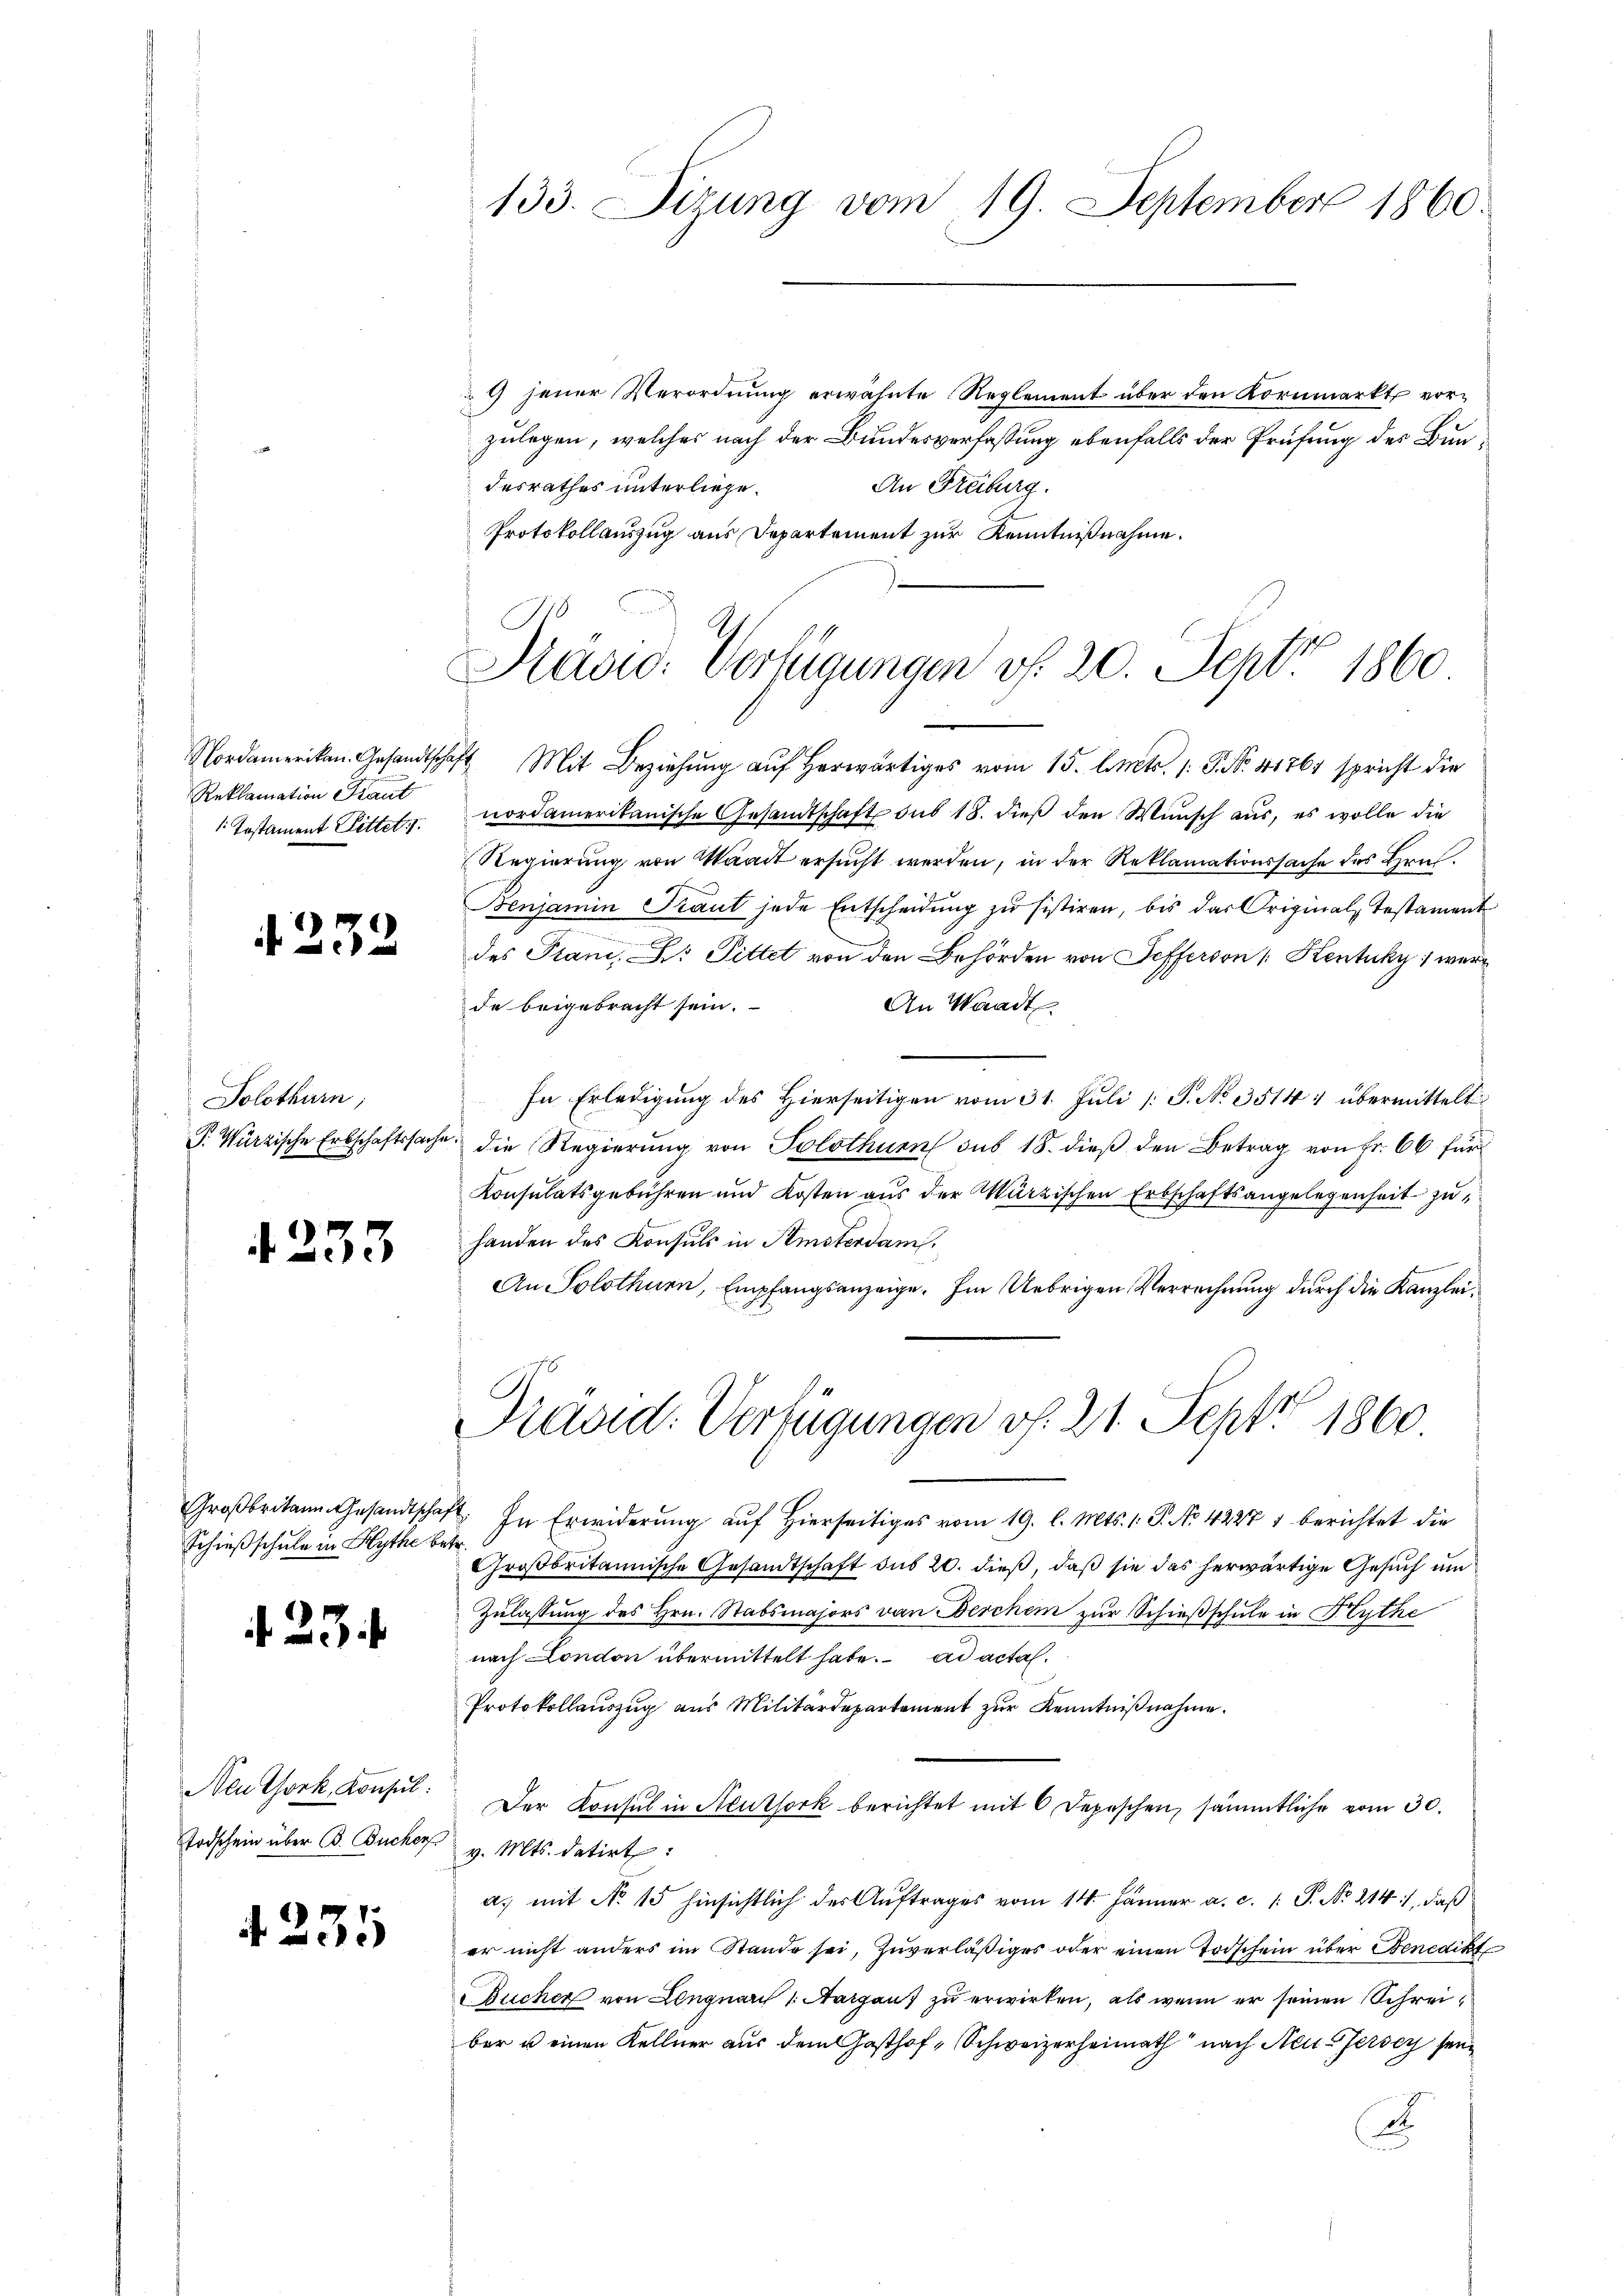
Reklamation Staut
: Testament Bittel 1.

d. 232

Solothurn,

4233

Schießschule in Hythe betr.

123 f.

Neu Thork, Konsul
Todschein über B. Bucher. Mts. datirt

4. 235

9 jener Verordnung erwähnte Reglement über den Kornmarkt vorzulegen, welches nach der Bundesverfassung ebenfalls der Prüfung des Bun¬
An Freiburg.
desrathes unterliege.
Protokollauszug aus Departement zur Kenntnißnahme.
Nordamerikan. Gesandtschaft Mit Beziehung auf herwärtiges vom 15. l. Mts. 1 P. Nr. 11761 spricht die
nordamerikanische Gesandtschaft sub 18. dieß den Wunsch aus, es wolle die
Regierung von Waadt ersucht werden, in der Reklamationssache des Hrn.
Benjamin Traut jede Entscheidŭng zŭ sistiren, bis das Originals Testament
des Plani, D. Pittet von den Behörden von Sefferson [Kentuky) wurde beigebracht sein.
An Waadt
In Erledigung des Hierseitigen vom 31. Juli 1 S. No 3514 1 übermittelt
P. Würzische Erbschaftssache, die Regierŭng von Solothurn sub 18. dieβ den Betrag von Fr. 66 für
Konsulatsgebühren und Kosten aus der Würzischen Erbschaftsangelegenheit zuhanden des Konsuls in Semsterdam.
An Solothurn, Empfangsanzeige. Im Uebrigen Verrechnung durch die Kanzlei¬
Präsid. Verfügungen v. 21. Sept 1860.
Großbritann Gesandtschaft. In Erwiderŭng auf hierseitiges vom 19. l. Mts. 1. P. No. 42271 berichtet die
Großbritannische Gesandtschaft des 20. dieß, daß sie das herwärtige Gesuch um
Zulassung des Hrn. Stabsmajors von Beschem zur Schießschule in Kluthe
nach London übermittelt habe. ad actal.
Protokollauszug aus Militärdepartement zur Kenntnißnahme.
Der Konsul in Neuthork berichtet mit 6 Depeschen, sämmtliche vom 30.
a. mit No 15 hinsichtlich des Auftrages vom 14. Jänner a. c. 1 S. No. 214), daß
er nicht anders im Stande sei, zŭverläβiges oder einen Todschein über Benedikt
Bucher von Lengnaris 1. Aargau) zu erwirken, als wenn er seinen Schreiber u einen Kellner aus dem Gasthof-Schweizerheimath nach Neu-Jersey sei¬
A

133. Sizung vom 19. September 1860.

Präsid. Verfügungen v. 20. Sept 1860